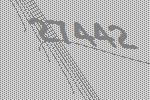
27442